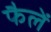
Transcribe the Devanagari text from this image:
फैलें